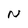
Character: N